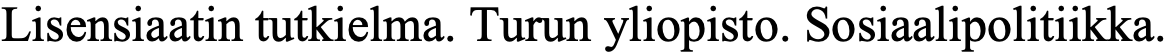
Lisensiaatin tutkielma. Turun yliopisto. Sosiaalipolitiikka.